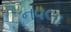
નવલા